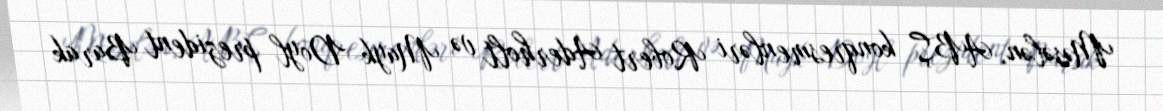
Məsələn, ABŞ konqresmenləri Robert Aderholt və Mayk Doyl prezident Barak